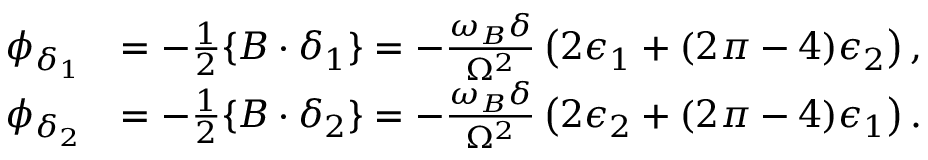
\begin{array} { r l } { \phi _ { \delta _ { 1 } } } & { = - \frac { 1 } { 2 } \{ B \cdot \delta _ { 1 } \} = - \frac { \omega _ { B } \delta } { \Omega ^ { 2 } } \left( 2 \epsilon _ { 1 } + ( 2 \pi - 4 ) \epsilon _ { 2 } \right) , } \\ { \phi _ { \delta _ { 2 } } } & { = - \frac { 1 } { 2 } \{ B \cdot \delta _ { 2 } \} = - \frac { \omega _ { B } \delta } { \Omega ^ { 2 } } \left( 2 \epsilon _ { 2 } + ( 2 \pi - 4 ) \epsilon _ { 1 } \right) . } \end{array}